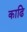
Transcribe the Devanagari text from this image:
काढि